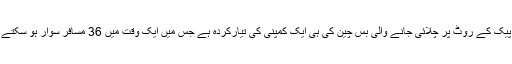
سی پیک کے روٹ پر چلائی جانے والی بس چین کی ہی ایک کمپنی کی تیارکردہ ہے جس میں ایک وقت میں 36 مسافر سوار ہو سکتے ہیں۔